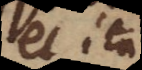
et ita